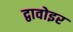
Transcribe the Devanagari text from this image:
द्वावोइर